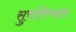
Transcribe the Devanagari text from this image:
सुचविण्यास